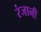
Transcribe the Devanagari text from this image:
रंजानी